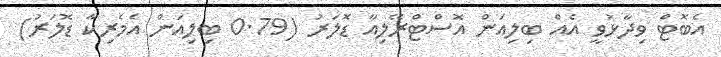
އެބޮޓް ވިދާޅުވީ އެއް ބިލިއަން އޮސްޓްރޭލިއާ ޑޮލަރު (0.79 ބިލިއަން އެމެރިކާ ޑޮލަރު)